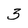
Character: 3